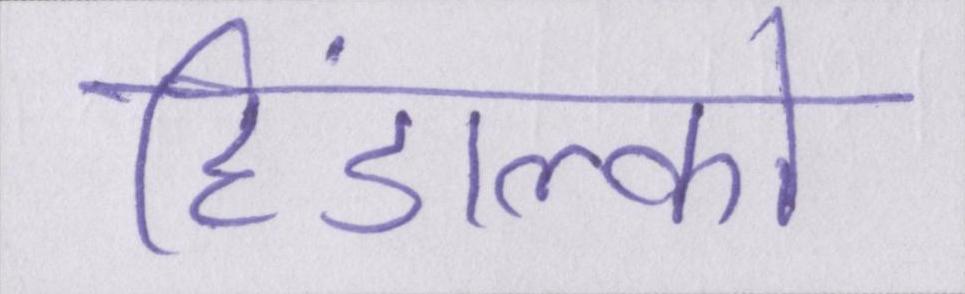
हिंडाल्को